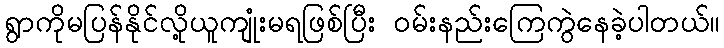
ရွာကိုမပြန်နိုင်လို့ယူကျုံးမရဖြစ်ပြီး ဝမ်းနည်းကြေကွဲနေခဲ့ပါတယ်။